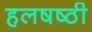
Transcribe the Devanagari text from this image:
हलषष्ठी